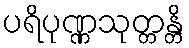
ပရိပုဏ္ဏသုတ္တန္တိ